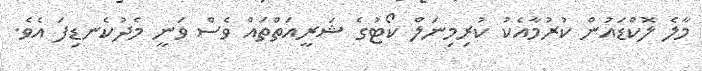
މާލެ ލޮކްޑައުން ކުރުމާއެކު ކުރިމިނަލް ކޯޓުގެ ޝަރީއަތްތައް ވެސް ވަނީ މެދުކެނޑިފަ އެވެ.